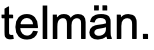
telmän.